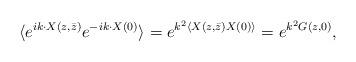
LaTeX: \begin{align*}\langle e^{ik\cdot X(z,\bar{z})} e^{-ik\cdot X(0)}\rangle=e^{k^{2}\langle X(z,\bar{z})X(0)\rangle} = e^{k^{2}G(z,0)},\end{align*}